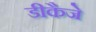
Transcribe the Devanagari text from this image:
डीकैजे